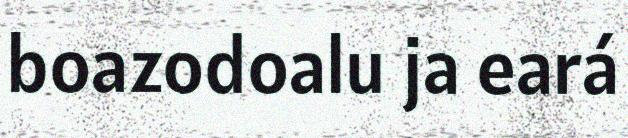
boazodoalu ja eará